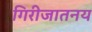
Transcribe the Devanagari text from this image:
गिरीजातनय